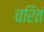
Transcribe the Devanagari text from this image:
चरितं